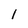
Character: 1